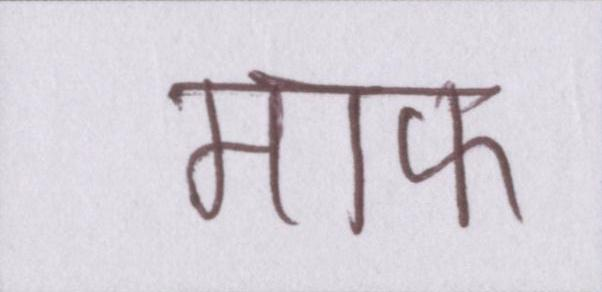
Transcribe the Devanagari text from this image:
माफ